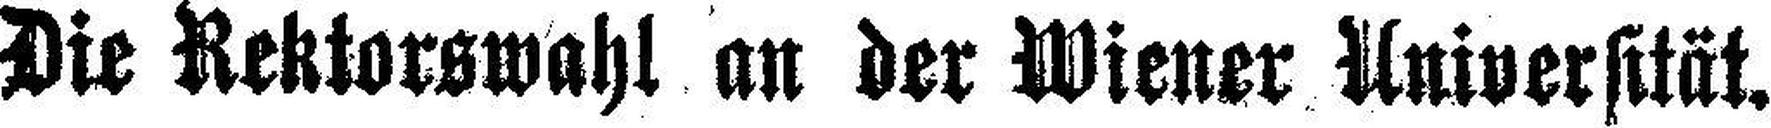
Die Rektorswahl an der Wiener Universität.